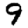
Digit: 9